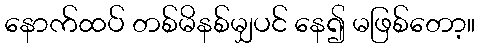
နောက်ထပ် တစ်မိနစ်မျှပင် နေ၍ မဖြစ်တော့။